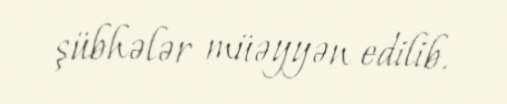
şübhələr müəyyən edilib.